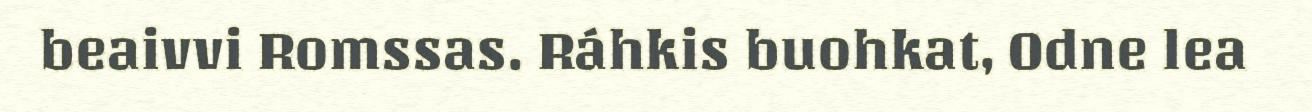
beaivvi Romssas. Ráhkis buohkat, Odne lea